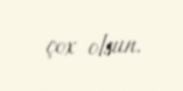
çox olsun.